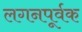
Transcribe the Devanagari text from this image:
लगनपूर्वक